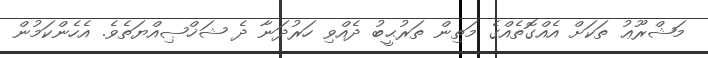
މަޝްރޫޢު ތަކަށް އެއްގޮތެއްގެ މަތިން ތަރުޙީބު ދެއްވި ހަރުދަނާ ދެ ޝަޚްޞިއްޔަތެވެ. އެހެންކަމުން